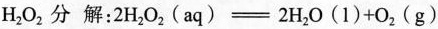
H_{2}O_{2} 分 解：$$2 H _ { 2 } O _ { 2 } ( a q ) = 2 H _ { 2 } O ( 1 ) + O _ { 2 } ( g )$$